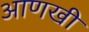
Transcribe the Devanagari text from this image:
अाणखी